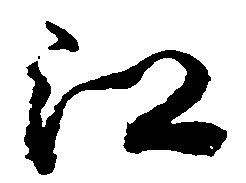
江